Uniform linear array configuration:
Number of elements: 4
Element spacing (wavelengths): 0.25
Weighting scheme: kaiser
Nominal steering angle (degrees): -15
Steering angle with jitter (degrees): -14.581
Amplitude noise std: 0.05
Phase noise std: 0.05

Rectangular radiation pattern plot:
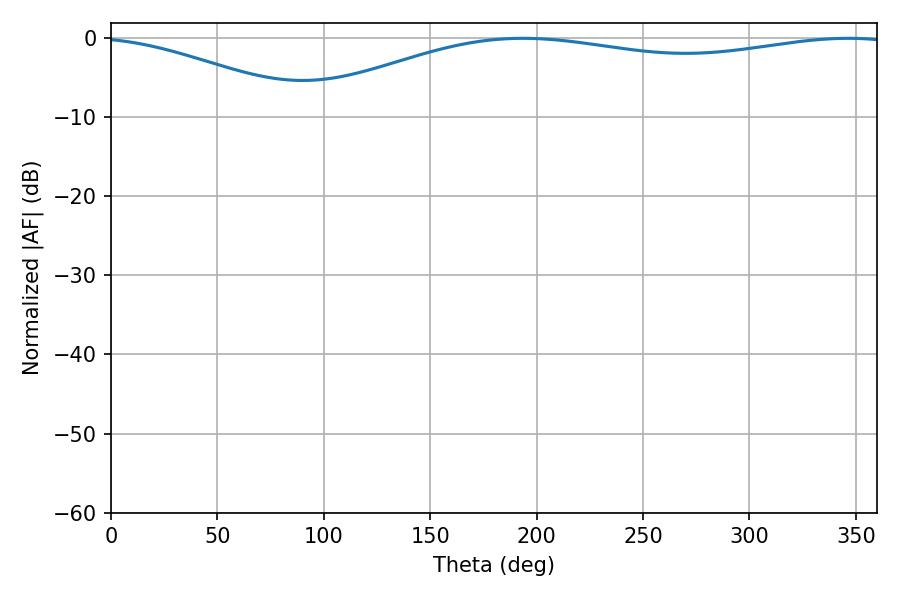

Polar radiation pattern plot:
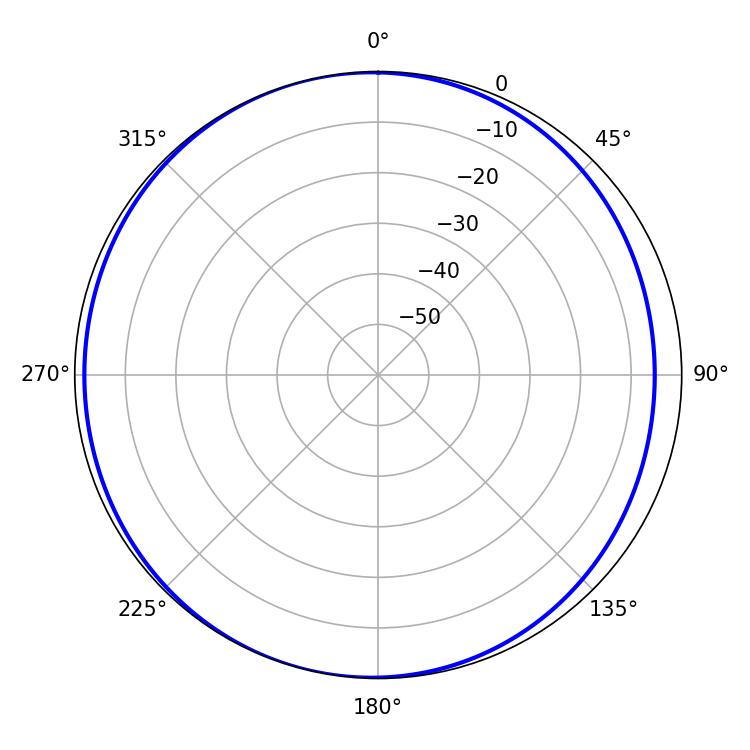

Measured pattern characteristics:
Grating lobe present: FALSE
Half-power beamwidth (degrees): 226.26
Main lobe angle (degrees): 193.5